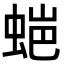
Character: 𮔌